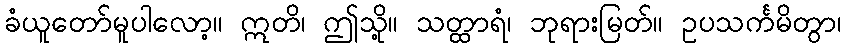
ခံယူတော်မူပါလော့။ ဣတိ၊ ဤသို့။ သတ္ထာရံ၊ ဘုရားမြတ်။ ဥပသင်္ကမိတွာ၊